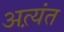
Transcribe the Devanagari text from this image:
अत्य़ंत